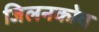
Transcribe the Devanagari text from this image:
जिलनकोव